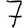
Digit: 7